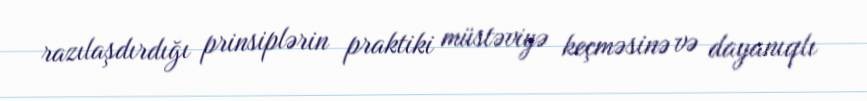
razılaşdırdığı prinsiplərin praktiki müstəviyə keçməsinə və dayanıqlı